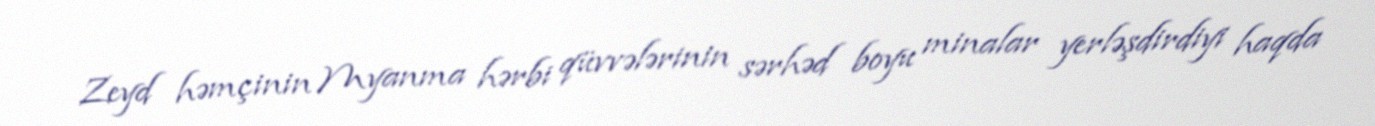
Zeyd həmçinin Myanma hərbi qüvvələrinin sərhəd boyu minalar yerləşdirdiyi haqda